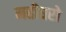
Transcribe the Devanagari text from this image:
महीधरो